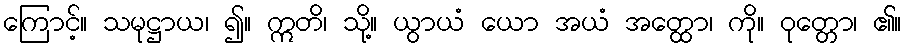
ကြောင့်။ သမုဋ္ဌာယ၊ ၍။ ဣတိ၊ သို့။ ယွာယံ ယော အယံ အတ္ထော၊ ကို။ ဝုတ္တော၊ ၏။